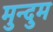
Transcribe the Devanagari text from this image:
मुन्दुम